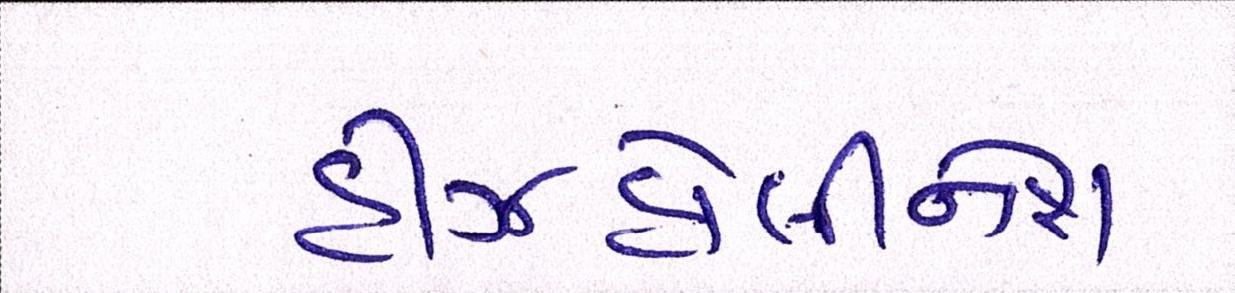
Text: હીઝહોલીનેશ